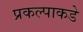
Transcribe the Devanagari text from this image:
प्रकल्पाकडे